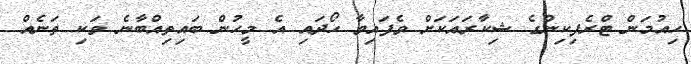
ހިއުމަން ޓްރެފިކިންގެ ޝިކާރައަކަށް ވެފައިވާ ހޯދައި އެ މީހުން ބައިތިއްބާނެ ވަކި ތަނެއް